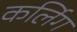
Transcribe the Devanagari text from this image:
कर्लिग